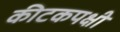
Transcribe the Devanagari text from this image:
कीटकपक्षी